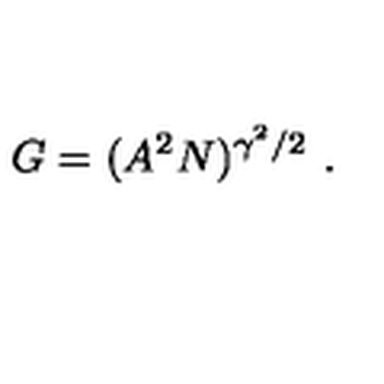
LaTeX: G = ( A ^ { 2 } N ) ^ { \gamma ^ { 2 } / 2 } \ .